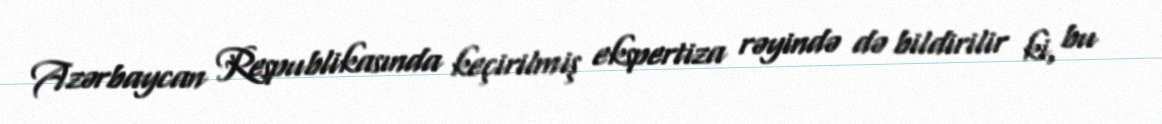
Azərbaycan Respublikasında keçirilmiş ekspertiza rəyində də bildirilir ki, bu